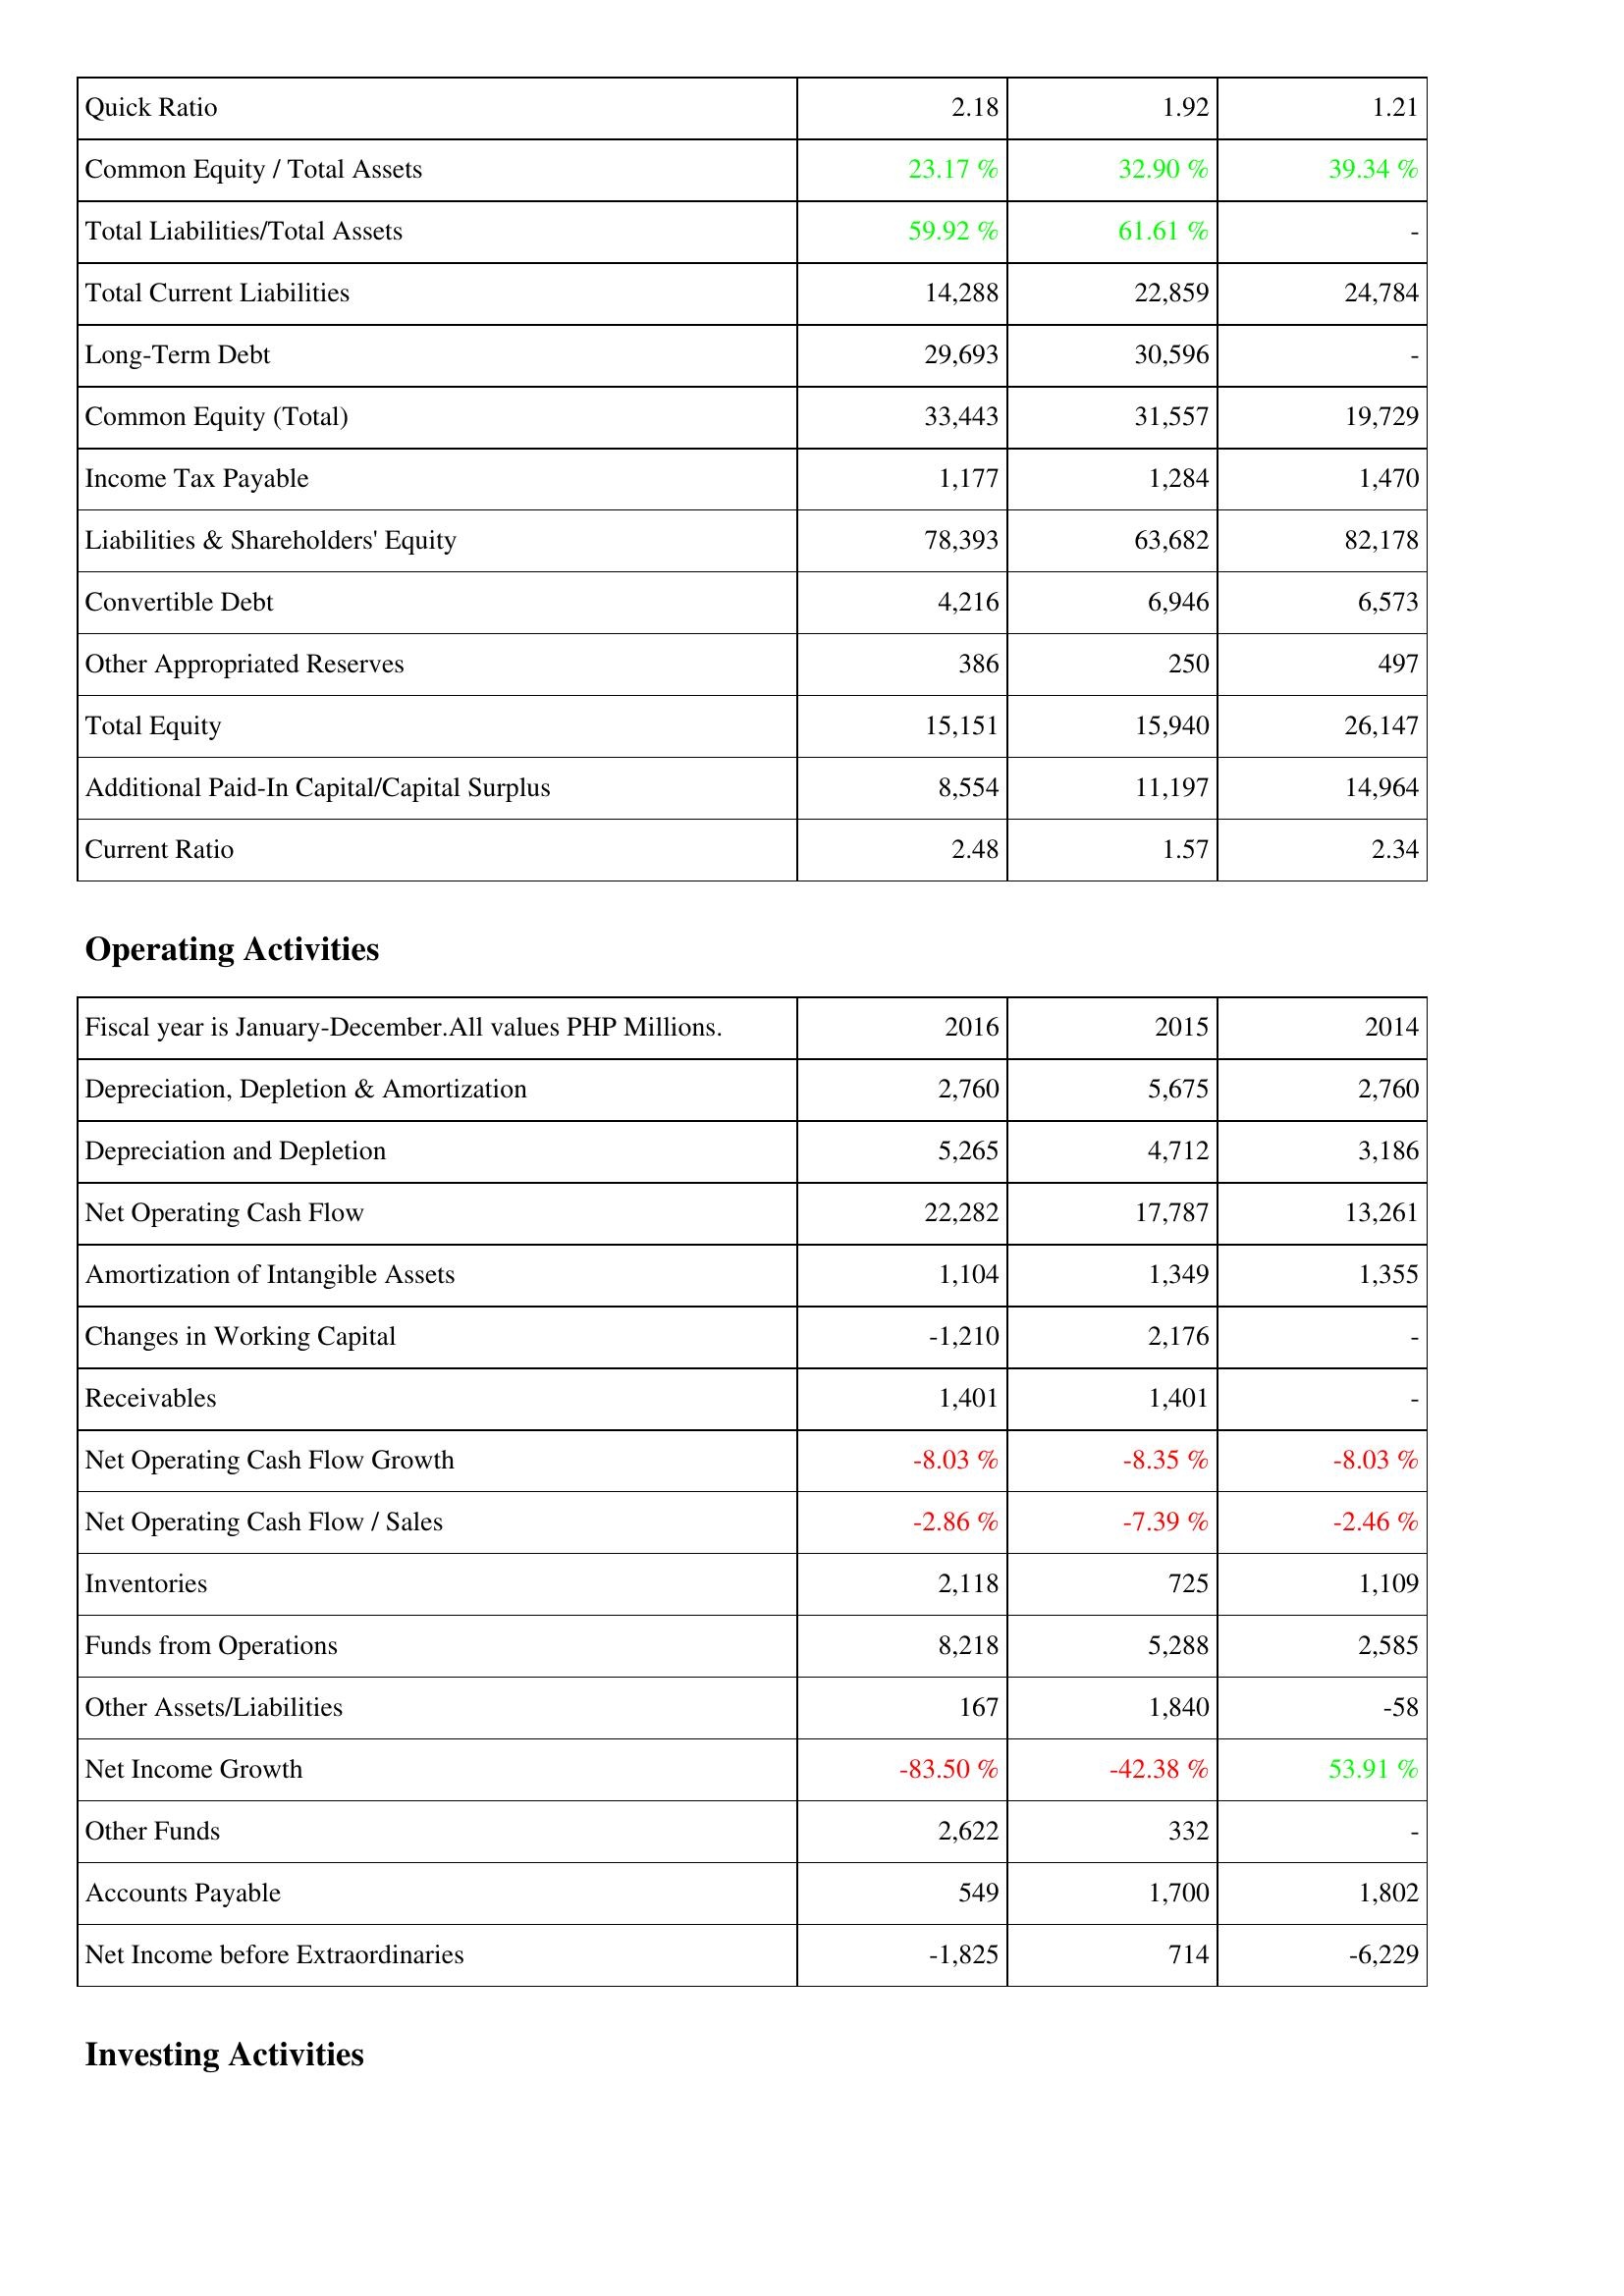
2016: Liabilities & Shareholders' Equity: Quick Ratio: 2.18
Common Equity / Total Assets: 23.17 %
Total Liabilities/Total Assets: 59.92 %
Total Current Liabilities: 14,288
Long-Term Debt: 29,693
Common Equity (Total): 33,443
Income Tax Payable: 1,177
Liabilities & Shareholders' Equity: 78,393
Convertible Debt: 4,216
Other Appropriated Reserves: 386
Total Equity: 15,151
Additional Paid-In Capital/Capital Surplus: 8,554
Current Ratio: 2.48
Operating Activities: Depreciation, Depletion & Amortization: 2,760
Depreciation and Depletion: 5,265
Net Operating Cash Flow: 22,282
Amortization of Intangible Assets: 1,104
Changes in Working Capital: -1,210
Receivables: 1,401
Net Operating Cash Flow Growth: -8.03 %
Net Operating Cash Flow / Sales: -2.86 %
Inventories: 2,118
Funds from Operations: 8,218
Other Assets/Liabilities: 167
Net Income Growth: -83.50 %
Other Funds: 2,622
Accounts Payable: 549
Net Income before Extraordinaries: -1,825
2015: Liabilities & Shareholders' Equity: Quick Ratio: 1.92
Common Equity / Total Assets: 32.90 %
Total Liabilities/Total Assets: 61.61 %
Total Current Liabilities: 22,859
Long-Term Debt: 30,596
Common Equity (Total): 31,557
Income Tax Payable: 1,284
Liabilities & Shareholders' Equity: 63,682
Convertible Debt: 6,946
Other Appropriated Reserves: 250
Total Equity: 15,940
Additional Paid-In Capital/Capital Surplus: 11,197
Current Ratio: 1.57
Operating Activities: Depreciation, Depletion & Amortization: 5,675
Depreciation and Depletion: 4,712
Net Operating Cash Flow: 17,787
Amortization of Intangible Assets: 1,349
Changes in Working Capital: 2,176
Receivables: 1,401
Net Operating Cash Flow Growth: -8.35 %
Net Operating Cash Flow / Sales: -7.39 %
Inventories: 725
Funds from Operations: 5,288
Other Assets/Liabilities: 1,840
Net Income Growth: -42.38 %
Other Funds: 332
Accounts Payable: 1,700
Net Income before Extraordinaries: 714
2014: Liabilities & Shareholders' Equity: Quick Ratio: 1.21
Common Equity / Total Assets: 39.34 %
Total Liabilities/Total Assets: -
Total Current Liabilities: 24,784
Long-Term Debt: -
Common Equity (Total): 19,729
Income Tax Payable: 1,470
Liabilities & Shareholders' Equity: 82,178
Convertible Debt: 6,573
Other Appropriated Reserves: 497
Total Equity: 26,147
Additional Paid-In Capital/Capital Surplus: 14,964
Current Ratio: 2.34
Operating Activities: Depreciation, Depletion & Amortization: 2,760
Depreciation and Depletion: 3,186
Net Operating Cash Flow: 13,261
Amortization of Intangible Assets: 1,355
Changes in Working Capital: -
Receivables: -
Net Operating Cash Flow Growth: -8.03 %
Net Operating Cash Flow / Sales: -2.46 %
Inventories: 1,109
Funds from Operations: 2,585
Other Assets/Liabilities: -58
Net Income Growth: 53.91 %
Other Funds: -
Accounts Payable: 1,802
Net Income before Extraordinaries: -6,229